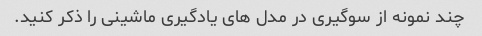
چند نمونه از سوگیری در مدل های یادگیری ماشینی را ذکر کنید.